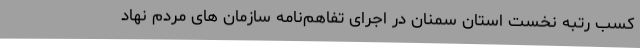
کسب رتبه نخست استان سمنان در اجرای تفاهم‌نامه سازمان های مردم نهاد